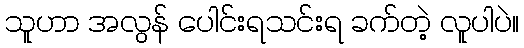
သူဟာ အလွန် ပေါင်းရသင်းရ ခက်တဲ့ လူပါပဲ။